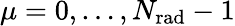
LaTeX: \mu=0,\ldots,N_{\mathrm{rad}}-1